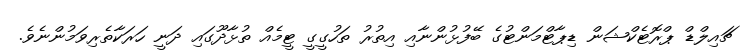
ޗައިލްޑް ޕްރޮޓެކްޝަން ޑިޕާޓްމަންޓުގެ ބޭފުޅުންނާއި އިތުރު ތަހުގީގީ ޓީމެއް ތުޅާދޫގައި ދަނީ ހަރަކާތެރިވަމުންނެވެ.